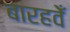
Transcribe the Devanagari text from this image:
बारहवेँ